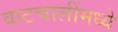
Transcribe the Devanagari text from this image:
वाटचालींमध्ये